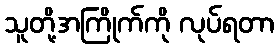
သူတို့အကြိုက်ကို လုပ်ရတာ